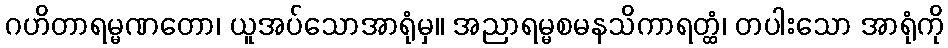
ဂဟိတာရမ္မဏတော၊ ယူအပ်သောအာရုံမှ။ အညာရမ္မစမနသိကာရတ္ထံ၊ တပါးသော အာရုံကို